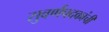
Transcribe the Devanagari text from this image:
सुवर्णपदकांची